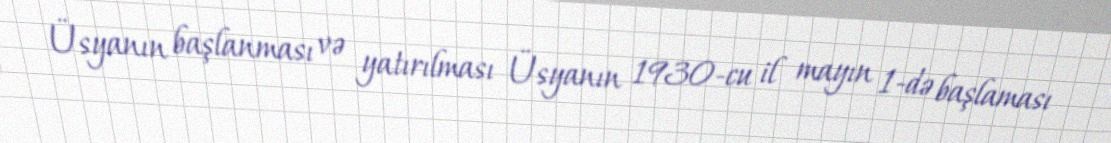
Üsyanın başlanması və yatırılması Üsyanın 1930-cu il mayın 1-də başlaması